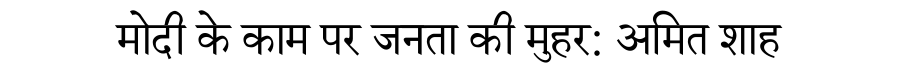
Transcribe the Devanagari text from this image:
मोदी के काम पर जनता की मुहर: अमित शाह